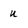
Character: u